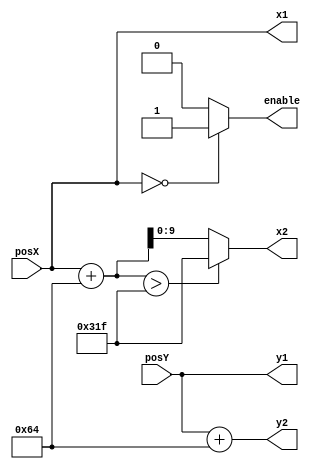
`timescale 1ns / 1ps
//////////////////////////////////////////////////////////////////////////////////
// Company: 
// Engineer: 
// 
// Design Name: 
// Module Name:    tube_generator 
// Project Name: 
// Target Devices: 
// Tool versions: 
// Description: 
//
// Dependencies: 
//
// Revision: 
// Revision 0.01 - File Created
// Additional Comments: 
//
//////////////////////////////////////////////////////////////////////////////////
module tube_generator(
	input  [9:0] posX,
	input  [9:0] posY,
	output [9:0] x1,
	output reg [9:0] x2,
	output [9:0] y1,
	output [9:0] y2,
	output reg enable
    );
assign x1 = posX;
assign y1 = posY;
assign y2 = posY+100; 
always@(*)
begin
	if(posX+100>799)
		x2 <= 799;
	else
		x2 <= x1+100;
	if(posX==0) enable <= 1'b1;
	else 		enable <= 0;
end

endmodule